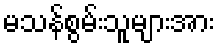
မသန်စွမ်းသူများအား